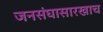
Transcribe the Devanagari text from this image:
जनसंघासारखाच